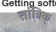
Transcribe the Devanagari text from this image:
तांत्रिक्